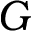
G